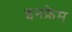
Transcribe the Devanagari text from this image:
इनफ्रेम